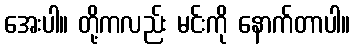
အေးပါ။ တို့ကလည်း မင်းကို နောက်တာပါ။